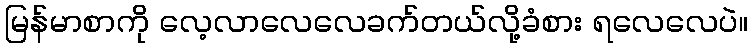
မြန်မာစာကို လေ့လာလေလေခက်တယ်လို့ခံစား ရလေလေပဲ။